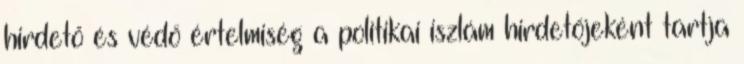
hirdető és védő értelmiség a politikai iszlám hirdetőjeként tartja